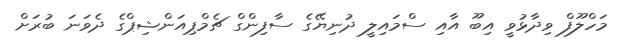
މަހްލޫފް ވިދާޅުވީ އިބޫ އާއި ސްމައިލީ ދުނިޔޭގެ ސާފިންގް ޗެމްޕިއަންޝިޕްގެ ދެވަނަ ބުރަށް